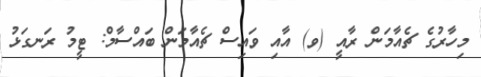
މިހާރުގެ ޗެއާމަން ރާއީ (ވ) އާއި ވައިސް ޗެއާމަން ބައްސާމް: ޓީމު ރަނގަޅު